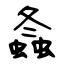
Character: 螽